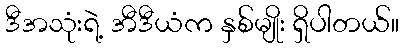
ဒီအသုံးရဲ့ အီဒီယံက နှစ်မျိုး ရှိပါတယ်။